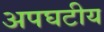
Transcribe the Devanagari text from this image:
अपघटीय